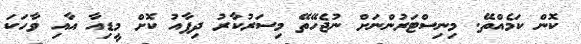
ކޮން ކަމެއްތޭ. މިނިސްޓަރުންނަށް ނުޖެހޭތޭ މިސަރުކާރު ދިފާއު ކޮށް މީޑިއާ އާއި ވާހަކަ